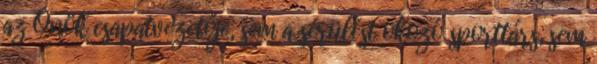
az Önök csapatvezetője, sem a sérülést okozó sporttárs, sem